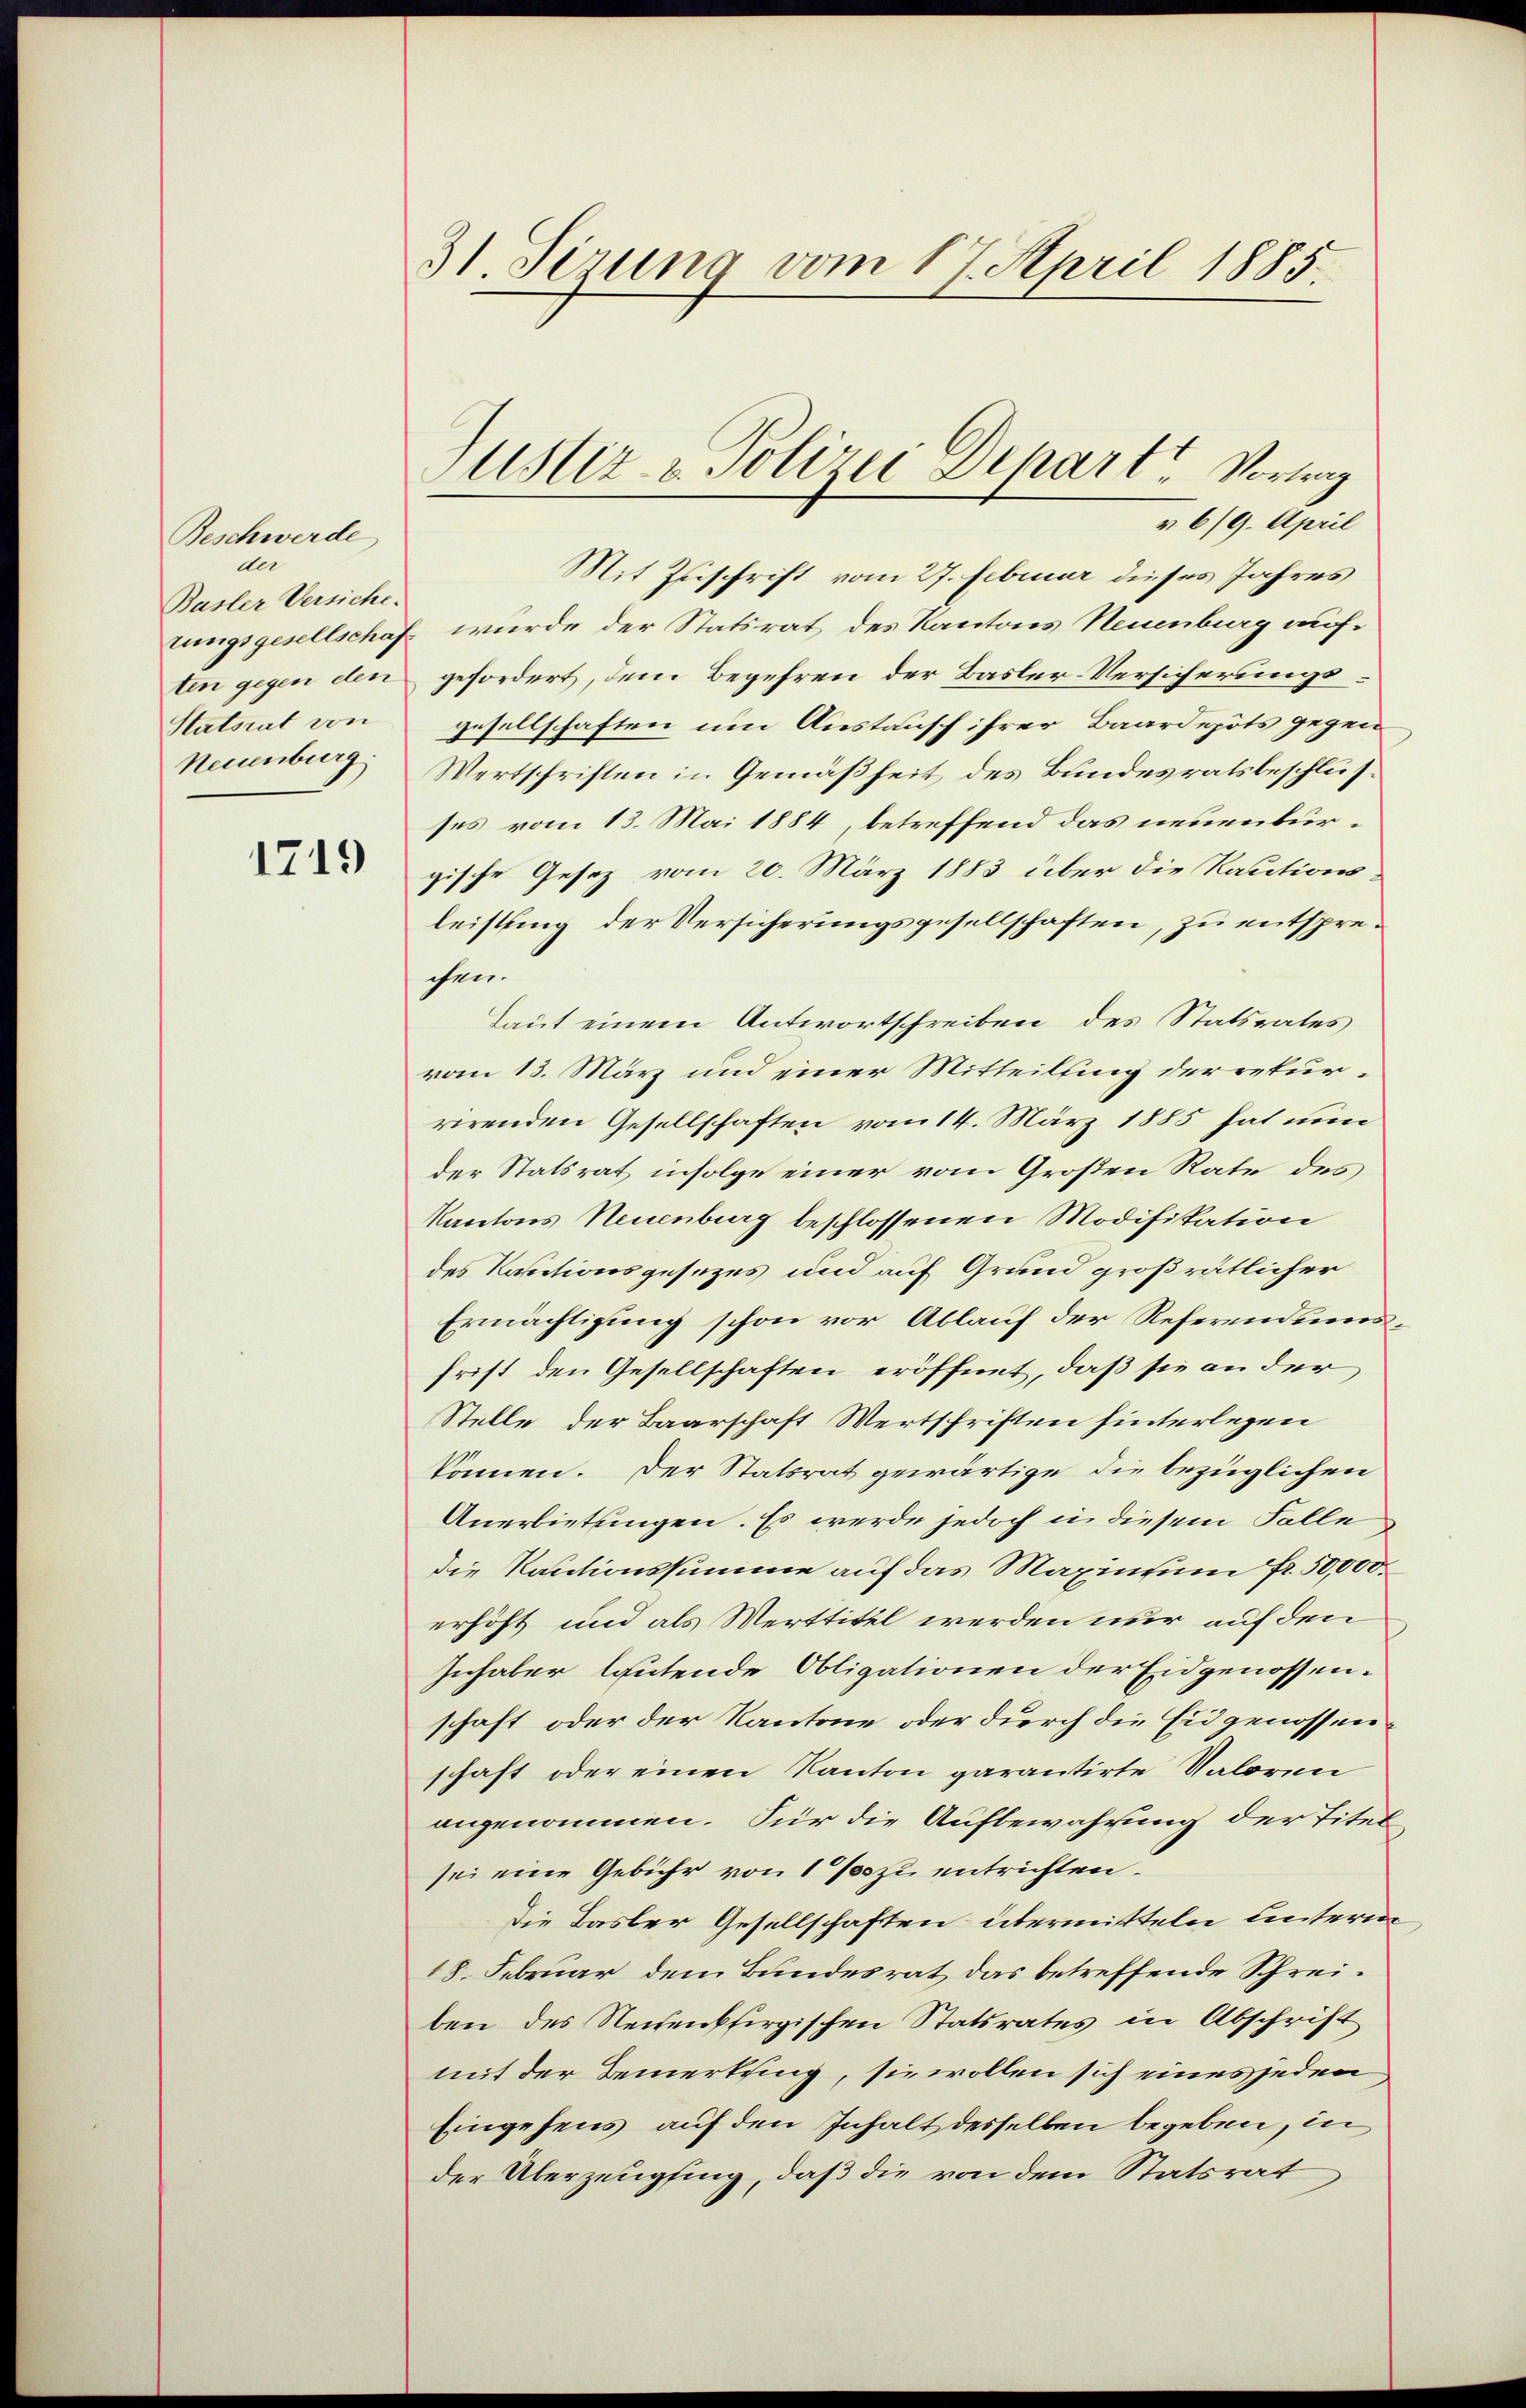
Beschwerde
der
Basler Versiche.
tungsgesellschaf
ten gegen den
Statsrat von
Neuenburg

1719

31 Sirung vom 17. April 1885.

Mit Zuschrift vom 27. Februar dieses Jahres
wurde der Statsrat des Kantons Neuenburg aufgefordert, dem Begehren der Basler-Versicherungsgesellschaften um Austausch ihrer Baardepots gegen
Wertschriften in Gemäßheit des Bundesratsbeschlusses vom 13. Mai 1884, betreffend das neuenburgische Gesetz vom 20. März 1883 über die Kautionsleistung der Versicherungsgesellschaften, zu entsprechen.
Laut einem Antwortschreiben des Statsrates
vom 13. März und einer Mitteilsing der rekurrrenden Gesellschaften vom 14. März 1885 hat nun
der Statsrat infolge einer vom Großen Rate des
Kantons Neuenburg beschlossenen Modifikation
des Kautionsgesezes und auf Grund großrätlicher
Ermächtigung schon vor Ablauf der Referendumsfrist den Gesellschaften eröffnet, daß sie an der
Stelle der Baarschaft Wertschriften hinterlegen
können. Der Statsrat gewärtige die bezüglichen
Anerbietungen. Es werde jedoch in diesem Falle
die Kautionssumme auf das Maximum fr. 50,000.
erhöht und als Merttitel werden nur auf den
Inhaber lautende Obligationen der Eidgenossen.
schaft oder der Kantone oder durch die Eidgenossenschaft oder einen Kanton garantirte Saloren
angenommen. Für die Aufbewahrung der Titel
sei eine Gebühr von 1 % zu entrichten.
Die Basler Gesellschaften übermitteln unterm
18. Februar dem Bundesrat das betreffende Schreiben des Neuenkfirgischen Statsrates in Abschrift
mit der Bemerkung, sie wollen sich eines jeden
Eingehens auf den Inhalt desselben begeben, in
der Überzeugfing, daß die von dem Statsrat

Justiz- & Polizei Depart Vortrag
v 6/9. April